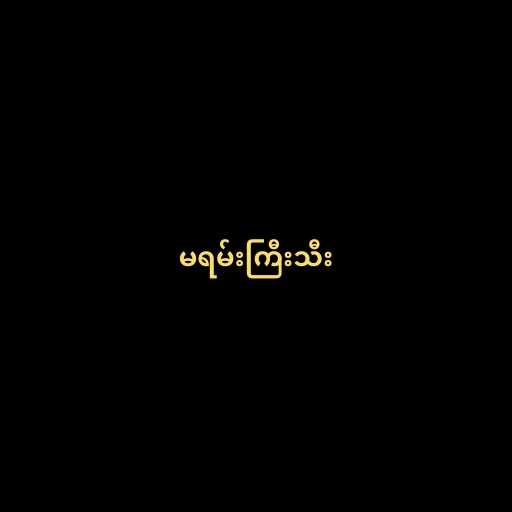
မရမ်းကြီးသီး